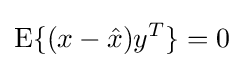
\operatorname {E} \{(x-{\hat {x}})y^{T}\}=0